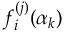
f _ { i } ^ { ( j ) } ( \alpha _ { k } )